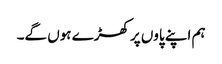
ہم اپنے پاوں پر کھڑے ہوں گے۔